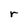
Character: r